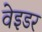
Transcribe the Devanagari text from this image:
वेइडर